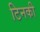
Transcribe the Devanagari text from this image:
टिनकी